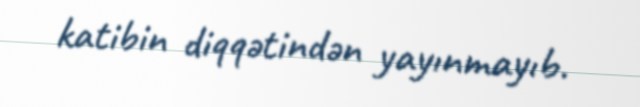
katibin diqqətindən yayınmayıb.